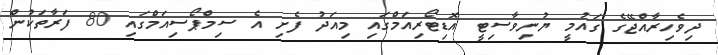
ދިވެހިރާއްޖޭގެ ގައުމީ ޔުނިވާސިޓީ އޮޑިޓޯރިއަމްގައި މިއަދު ފެށި އެ ސިމްޕޯސިއަމްގައި 80 ފަރާތަކުން